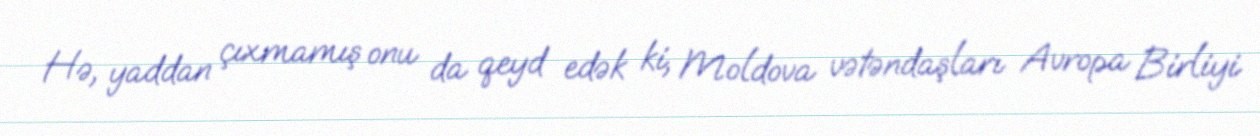
Hə, yaddan çıxmamış onu da qeyd edək ki, Moldova vətəndaşları Avropa Birliyi